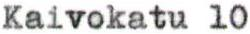
Kaivokatu 10